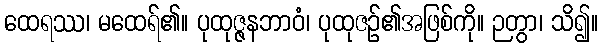
ထေရဿ၊ မထေရ်၏။ ပုထုဇ္ဇနဘာဝံ၊ ပုထုဇဉ်၏အဖြစ်ကို။ ဉတွာ၊ သိ၍။